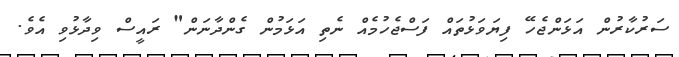
ސަރުކާރުން އަޅަންޖެހޭ ފިޔަވަަޅުތައް ފަސްޖެހުމެއް ނެތި އަޅަމުން ގެންދާނަން" ރައީސް ވިދާޅުވި އެވެ.